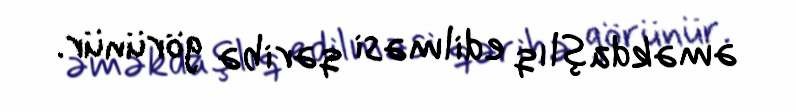
əməkdaşlıq edilməsi qəribə görünür.